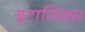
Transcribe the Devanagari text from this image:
इटालिक्स